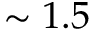
\sim 1 . 5